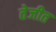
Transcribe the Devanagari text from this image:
तेजीत